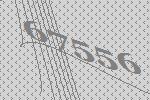
67556